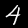
Digit: 4